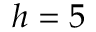
h = 5